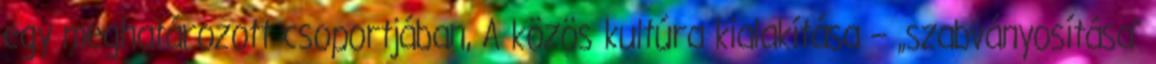
egy meghatározott csoportjában, A közös kultúra kialakítása – „szabványosítása”